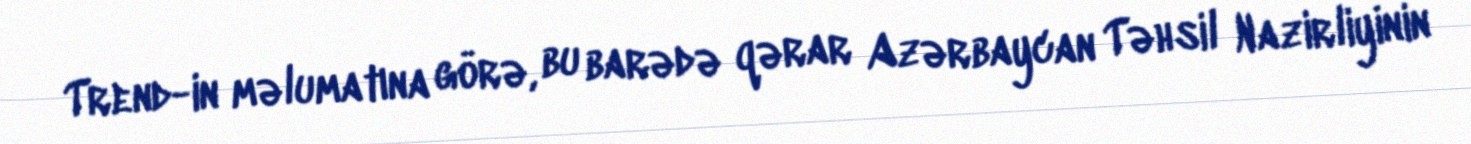
Trend-in məlumatına görə, bu barədə qərar Azərbaycan Təhsil Nazirliyinin